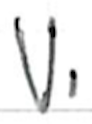
Text: v.
Cross-out: clean
Writing tool: ballpoint